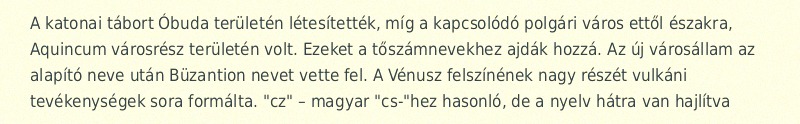
A katonai tábort Óbuda területén létesítették, míg a kapcsolódó polgári város ettől északra, Aquincum városrész területén volt. Ezeket a tőszámnevekhez ajdák hozzá. Az új városállam az alapító neve után Büzantion nevet vette fel. A Vénusz felszínének nagy részét vulkáni tevékenységek sora formálta. "cz" – magyar "cs-"hez hasonló, de a nyelv hátra van hajlítva